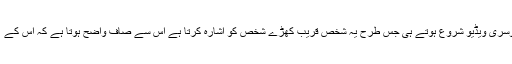
اس ویڈیو کے جعلی ہونے کا اعتراف اس شخص نے خود تو نہیں کیا لیکن سامنے آنے والی دوسری ویڈیو شروع ہوتے ہی جس طرح یہ شخص قریب کھڑے شخص کو اشارہ کرتا ہے اس سے صاف واضح ہوتا ہے کہ اس کے ’کہانی‘ اور منہ سے نکلنے والے الفاظ صرف سوشل میڈیا پر شہرت حاصل کرنے کیلئے ہیں۔